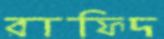
রাফিদ